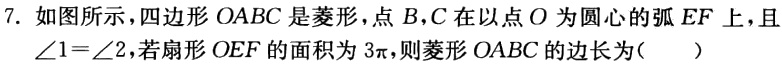
7. 如图所示，四边形\(OABC\)是菱形，点\(B\)，\(C\)在以点\(O\)为圆心的弧\(EF\)上，且\(\angle1 = \angle2\)，若扇形\(OEF\)的面积为\(3\pi\)，则菱形\(OABC\)的边长为（  ）